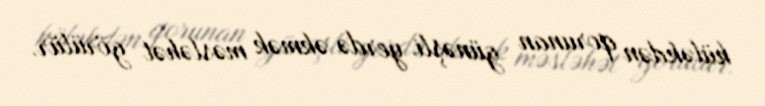
küləkdən qorunan günəşli yerdə əkmək məsləhət görülür.